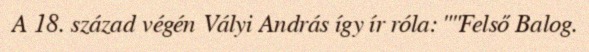
A 18. század végén Vályi András így ír róla: ""Felső Balog.